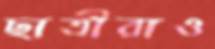
ছাত্রীরাও